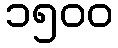
၁၅၀၀